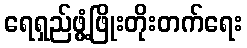
ရေရှည်ဖွံ့ဖြိုးတိုးတက်ရေး